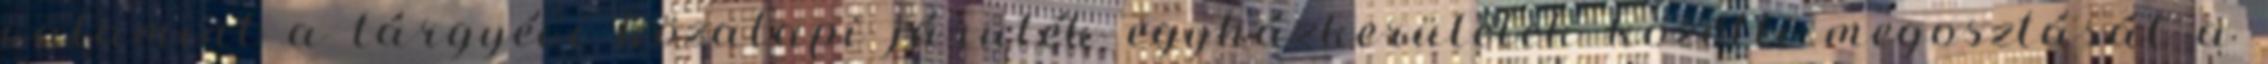
valamint a tárgyévi közalapi járulék egyházkerületek közötti megosztását a